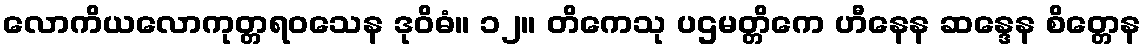
လောကိယလောကုတ္တရဝသေန ဒုဝိဓံ။ ၁၂။ တိကေသု ပဌမတ္တိကေ ဟီနေန ဆန္ဒေန စိတ္တေန